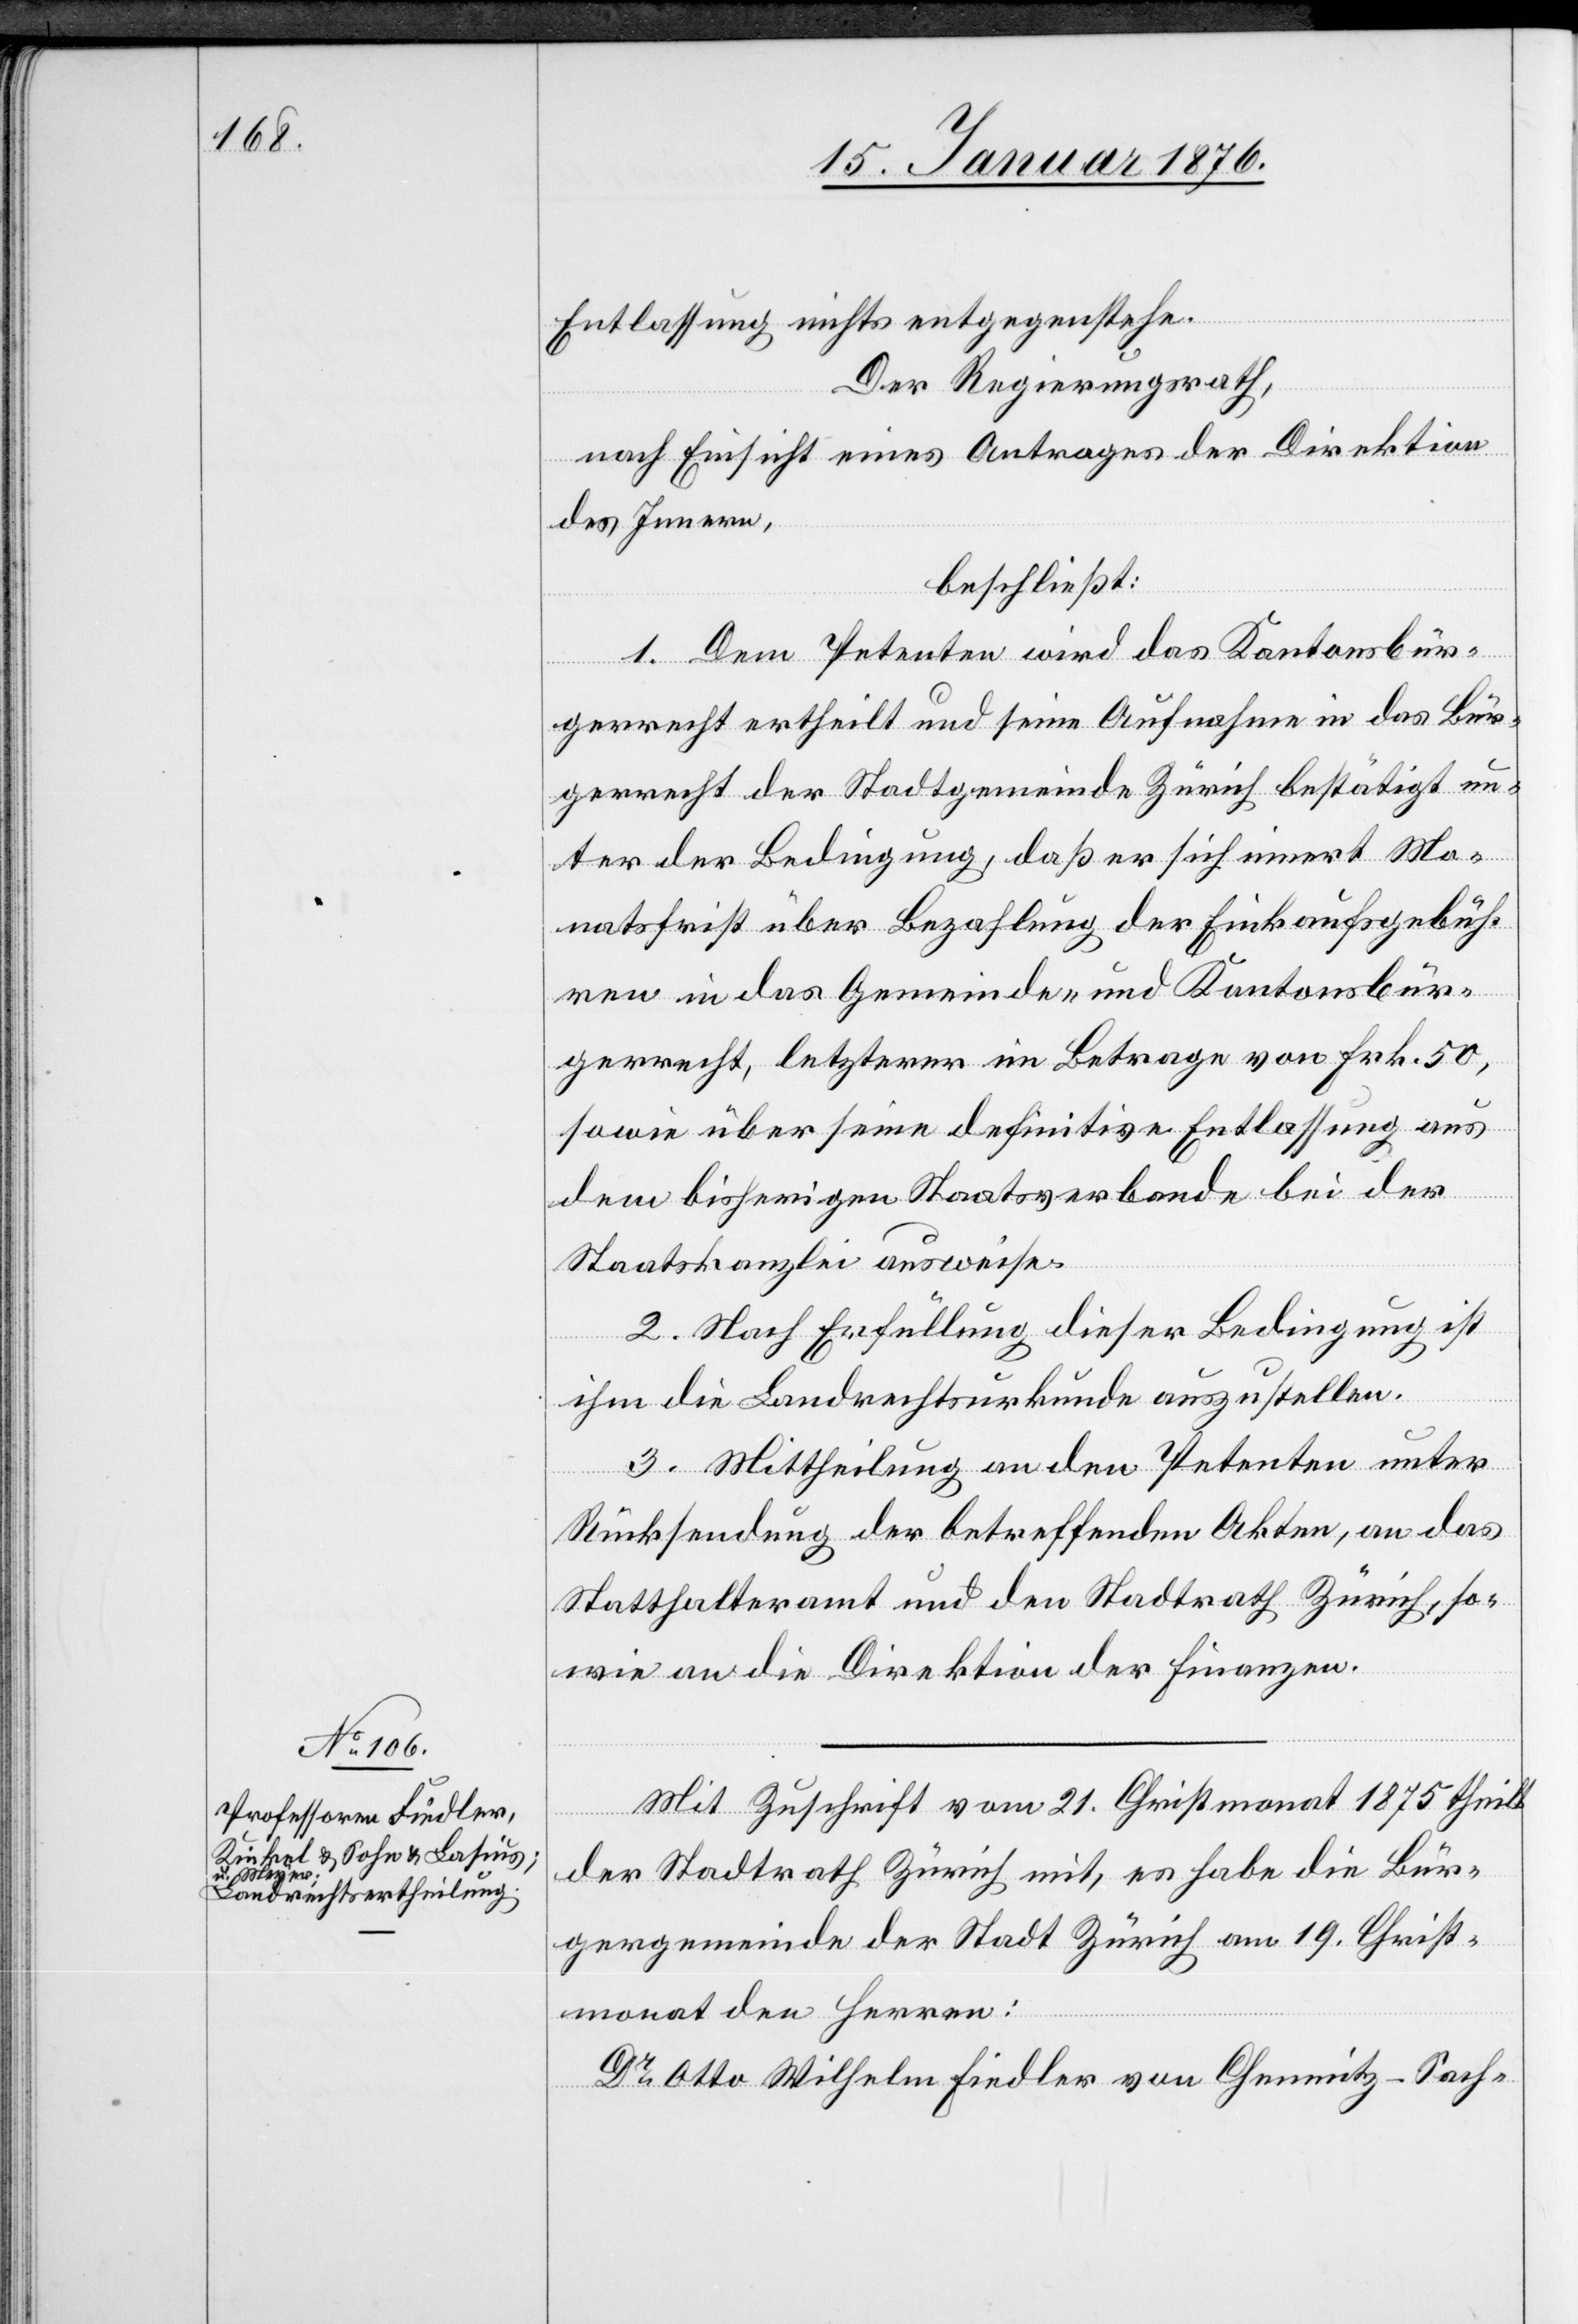
Mit Zuschrift vom 21. Christmonat 1875 theilt
der Stadtrath Zürich mit, es habe die Bür¬
gergemeinde der Stadt Zürich am 19. Christ¬
monat den Herren:
Dr. Otto Wilhelm Fiedler von Chemnitz – Sach-